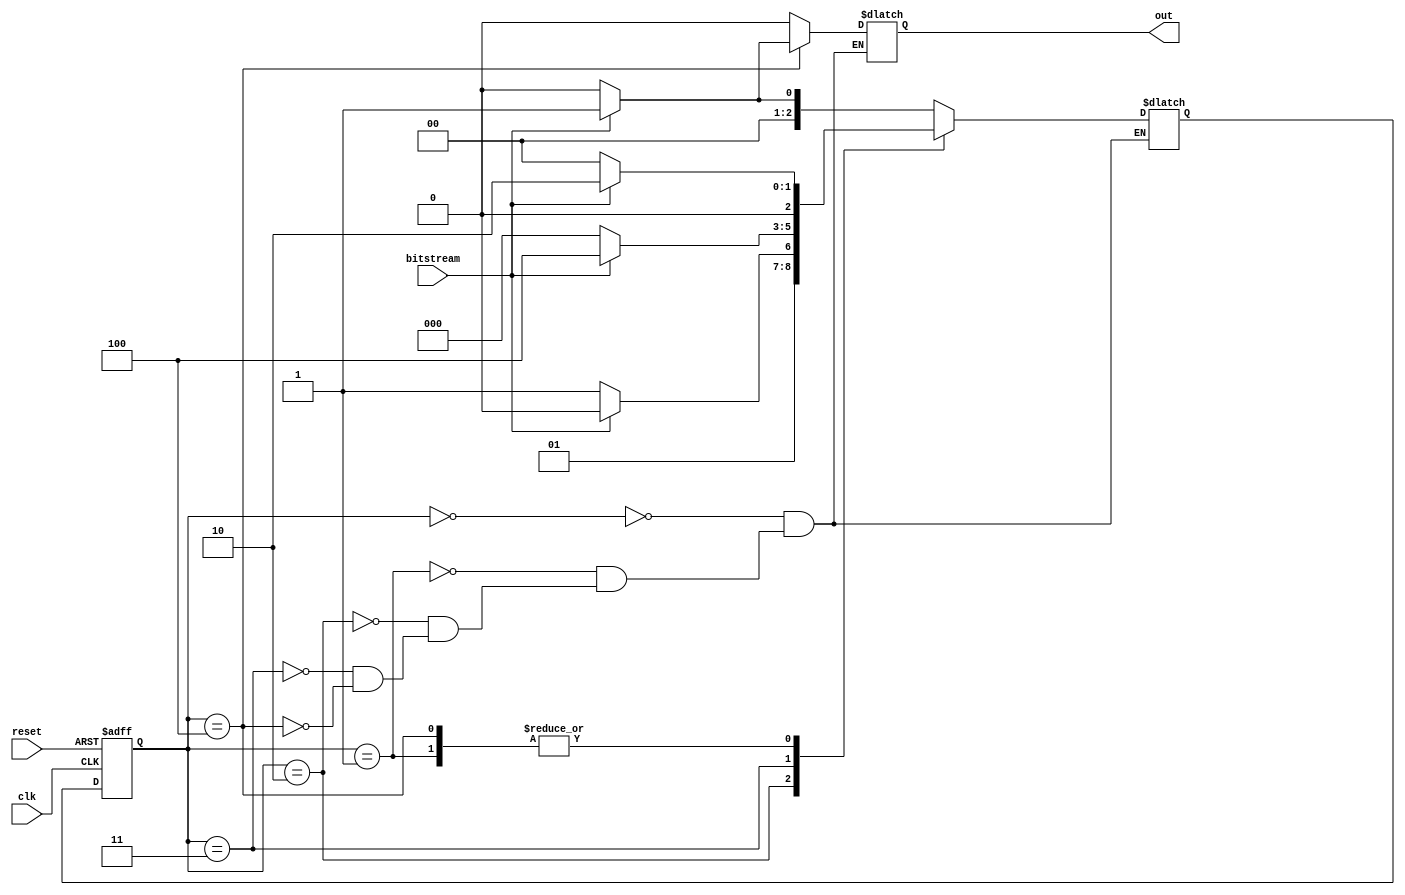
module mealyoverlapping(bitstream,clk,out,reset);
  input bitstream,clk,reset;
  output reg out;
  reg [2:0] NS,PS;
  
  parameter S0=0,S1=1,S2=2,S3=3,S4=4;
  
  
  always@(posedge clk or posedge reset)
   begin
    if(reset) 
     PS <= S0;
    else
     PS <= NS;
   end
   
  always@(PS)
   begin 
    case (PS)
      S0: begin
           $display("i am in s0");
           out = bitstream?0:0;
           NS = bitstream?S1:S0;
           
          end
          
      S1: begin
           $display("i am in s1");
           out = bitstream?0:0;
           NS = bitstream?S2:S0;
           
          end
          
      S2: begin
           $display("i am in s2");
           out = bitstream?0:0;
           NS = bitstream?S2:S3;
          end
     
      S3: begin
           out = bitstream?0:0;
           NS = bitstream?S4:S0;
           $display("i am in s3");
          end
          
      S4: begin
           out = bitstream?1:0;
           NS = bitstream?S2:S0;
           $display("i am in s4");
          end
          
    endcase
 end
endmodule